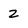
Character: z